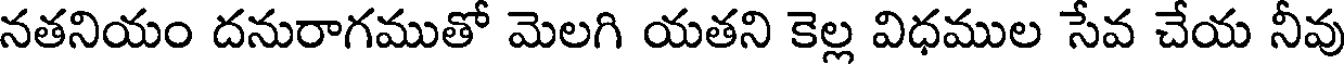
నతనియం దనురాగముతో మెలగి యతని కెల్ల విధముల సేవ చేయ నీవు